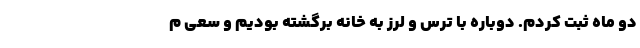
دو ماه ثبت کردم. دوباره با ترس و لرز به خانه برگشته بودیم و سعی م